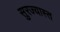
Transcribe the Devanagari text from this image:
सुरज्यास्त